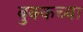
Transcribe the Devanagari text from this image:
बुक्कच्या